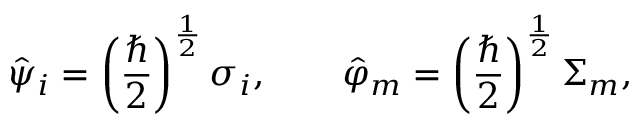
\hat { \psi } _ { i } = \left( \frac { \hbar } { 2 } \right) ^ { \frac { 1 } { 2 } } \sigma _ { i } , \quad \quad \hat { \varphi } _ { m } = \left( \frac { \hbar } { 2 } \right) ^ { \frac { 1 } { 2 } } \Sigma _ { m } ,